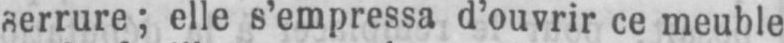
serrure; elle s’empressa d’ouvrir ce meuble